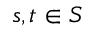
s , t \in S